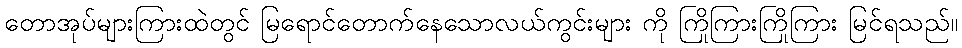
တောအုပ်များကြားထဲတွင် မြရောင်တောက်နေသောလယ်ကွင်းများ ကို ကြိုကြားကြိုကြား မြင်ရသည်။